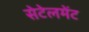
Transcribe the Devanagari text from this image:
सेटेलमेंट